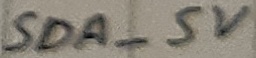
Text: SDA_5V